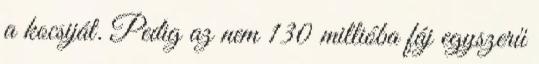
a kocsiját. Pedig az nem 130 millióba fáj egyszerű